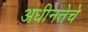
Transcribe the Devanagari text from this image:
अधीनतेचे